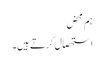
ہم محض
استحصال کرتے ہیں۔